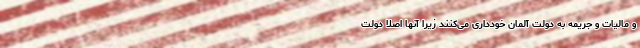
و مالیات و جریمه به دولت آلمان خودداری می‌کنند زیرا آنها اصلا دولت